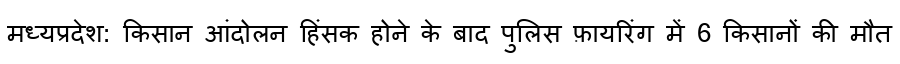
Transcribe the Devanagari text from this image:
मध्यप्रदेश: किसान आंदोलन हिंसक होने के बाद पुलिस फ़ायरिंग में 6 किसानों की मौत